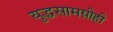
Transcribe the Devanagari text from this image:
युद्धसामग्रीही